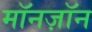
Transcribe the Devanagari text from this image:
मॉनज़ॉन